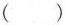
( )